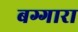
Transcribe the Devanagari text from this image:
बग्गारा